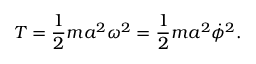
T = { \frac { 1 } { 2 } } m a ^ { 2 } \omega ^ { 2 } = { \frac { 1 } { 2 } } m a ^ { 2 } { \dot { \phi } } ^ { 2 } .